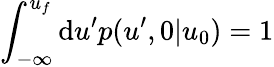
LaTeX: \int_{-\infty}^{u_{f}}\mathrm{d}u^{\prime}p(u^{\prime},0|u_{0})=1